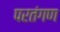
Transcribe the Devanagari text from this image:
परतंगण